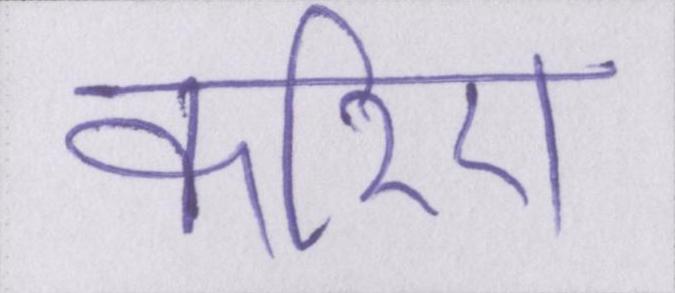
करिए